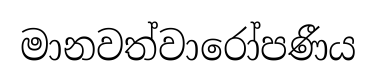
මානවත්වාරෝපණීය